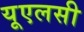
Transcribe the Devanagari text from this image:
यूएलसी